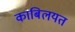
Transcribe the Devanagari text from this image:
काबिलयत